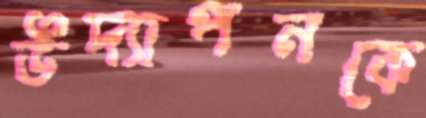
উদ্যাপনকে